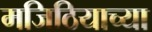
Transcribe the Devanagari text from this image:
मजिठियाच्या